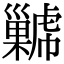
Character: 𢀋